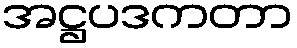
အဋ္ဌပဒကတာ